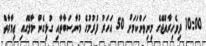
10:00 ދިވެހިރާއްޖޭގެ މިނިވަންކަމަށް 50 އަހަރު ފުރުމުގެ މުނާސަބާތާއި ގުޅިގެން މާލޭގައި ޢިމާރާތް